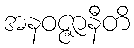
အနဝဇ္ဇာနီတိ